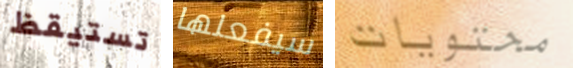
تستيقظ سيفعلها محتويات